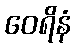
ဝေရိနံ